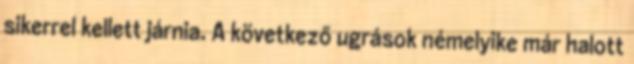
sikerrel kellett járnia. A következő ugrások némelyike már halott